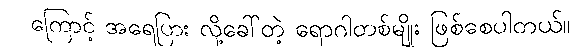
ကြောင့် အရေပြား လို့ခေါ်တဲ့ ရောဂါတစ်မျိုး ဖြစ်စေပါတယ်။